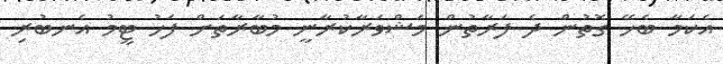
އެކަމާ ބެހޭ ގޮތުން ދެ ފަރާތުން މަޝްވަރާކުރާނީ މުބާރާތަށް ފަހު ޓީމު އެނބުރި